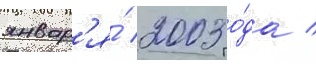
январ'я́ 2003 го́да /